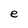
Character: e